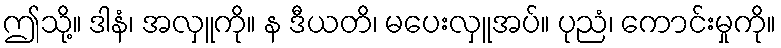
ဤသို့။ ဒါနံ၊ အလှူကို။ န ဒီယတိ၊ မပေးလှူအပ်။ ပုညံ၊ ကောင်းမှုကို။